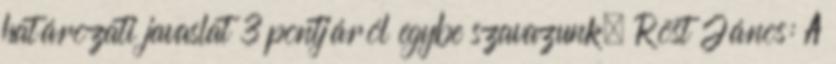
határozati javaslat 3 pontjáról egybe szavazunk. Röst János: A